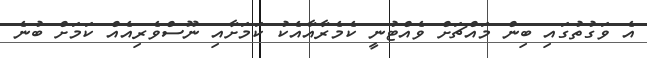
އެ ވަގުތުގައި ބިން މައްޗަށް ވެއްޓުނީ ކެމެރާއާއެކު ކަމަށާއި ނޫސްވެރިއެއް ކަމަށް ބުނެ